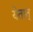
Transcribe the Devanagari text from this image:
येतात्